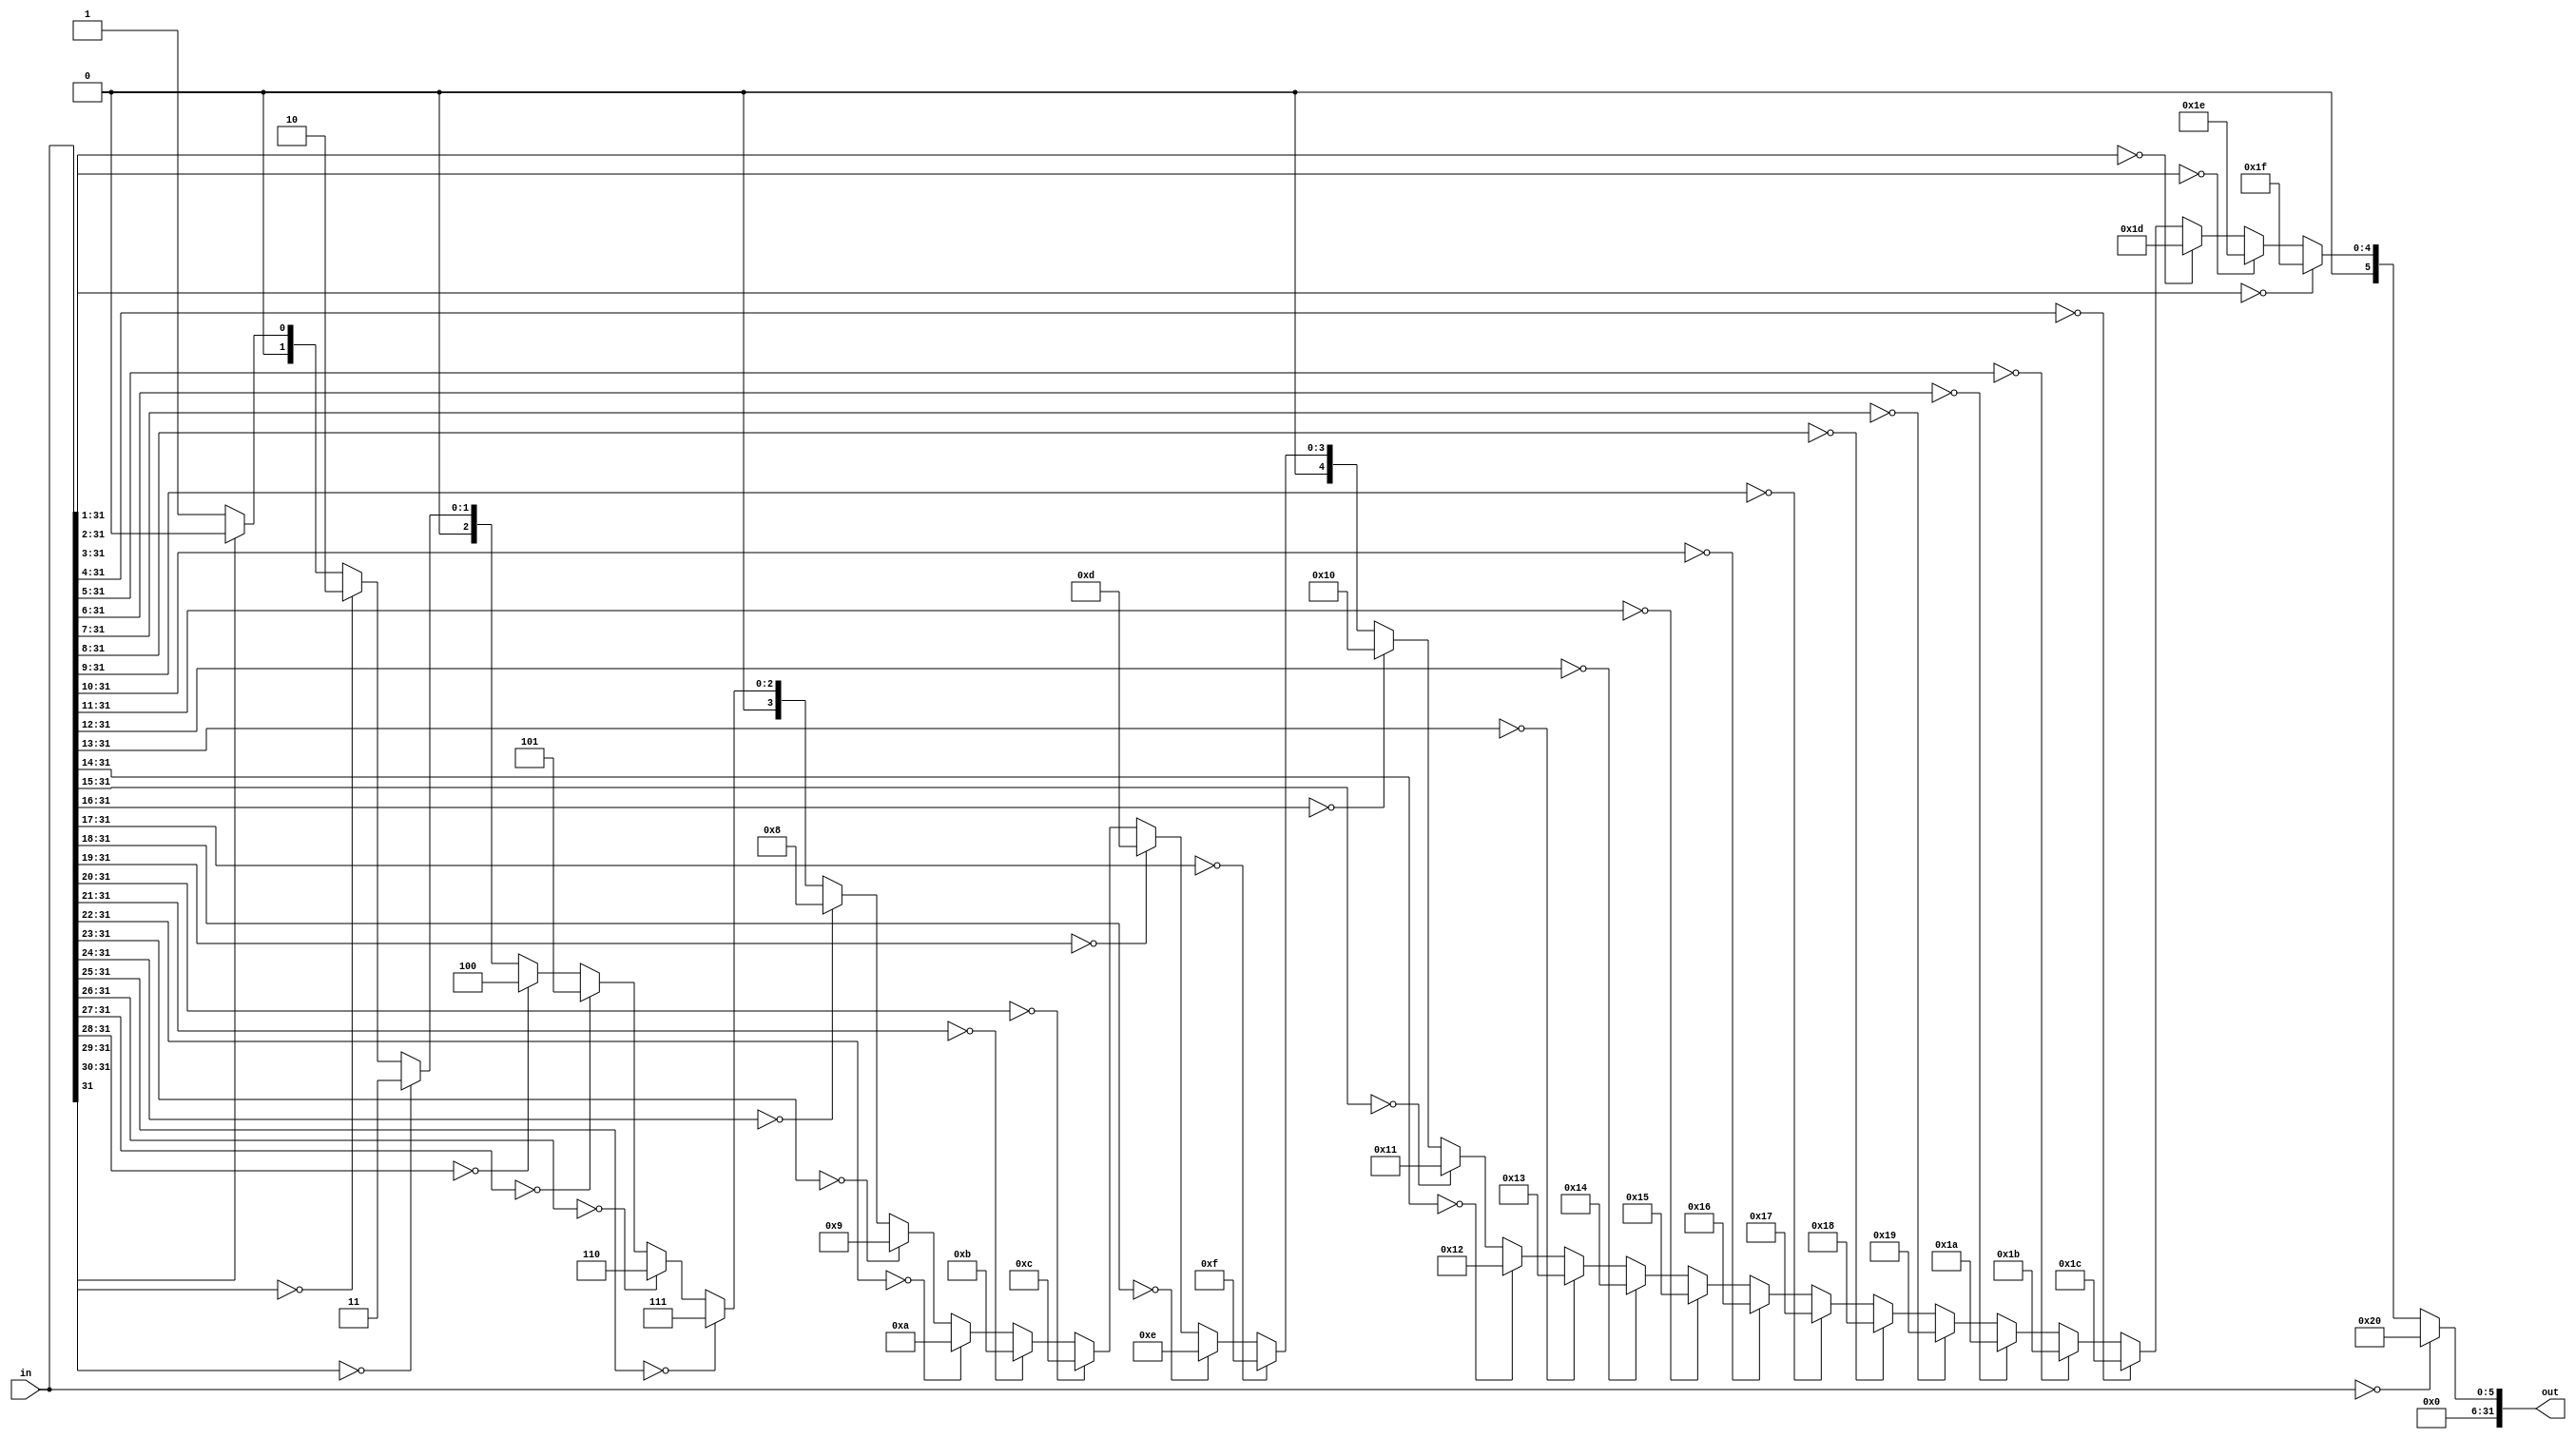
// CLZ.v
//0
module CLZ(
    input [31:0]in,
    output reg [31:0]out
    );
    always@(*)
    begin
        if(in==32'b0)
            out<=32;
        else if(in[31:1]==31'b0)
            out<=31;
        else if(in[31:2]==30'b0)
            out<=30;
        else if(in[31:3]==29'b0)
            out<=29;
        else if(in[31:4]==28'b0)
            out<=28;
        else if(in[31:5]==27'b0)
            out<=27;
        else if(in[31:6]==26'b0)
            out<=26;
        else if(in[31:7]==25'b0)
            out<=25;
        else if(in[31:8]==24'b0)
            out<=24;
        else if(in[31:9]==23'b0)
            out<=23;
        else if(in[31:10]==22'b0)
            out<=22;
        else if(in[31:11]==21'b0)
            out<=21;
        else if(in[31:12]==20'b0)
            out<=20;
        else if(in[31:13]==19'b0)
            out<=19;
        else if(in[31:14]==18'b0)
            out<=18;
        else if(in[31:15]==17'b0)
            out<=17;
        else if(in[31:16]==16'b0)
            out<=16;
        else if(in[31:17]==15'b0)
            out<=15;
        else if(in[31:18]==14'b0)
            out<=14;
        else if(in[31:19]==13'b0)
            out<=13;
        else if(in[31:20]==12'b0)
            out<=12;
        else if(in[31:21]==11'b0)
            out<=11;
        else if(in[31:22]==10'b0)
            out<=10;
        else if(in[31:23]==9'b0)
            out<=9;
        else if(in[31:24]==8'b0)
            out<=8;
        else if(in[31:25]==7'b0)
            out<=7;
        else if(in[31:26]==6'b0)
            out<=6;
        else if(in[31:27]==5'b0)
            out<=5;
        else if(in[31:28]==4'b0)
            out<=4;
        else if(in[31:29]==3'b0)
            out<=3;
        else if(in[31:30]==2'b0)
            out<=2;
        else if(in[31]==1'b0)
            out<=1;
        else 
            out<=0;
    end
endmodule